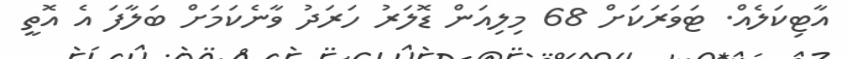
އާޓިކަލެއް. ޓަވަރަކަށް 68 މިލިއަން ޑޮލަރު ހަރަދު ވާނެކަމަށް ބަލާފަ އެ އޮތީ